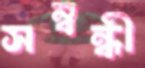
সম্বন্ধী